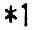
*1